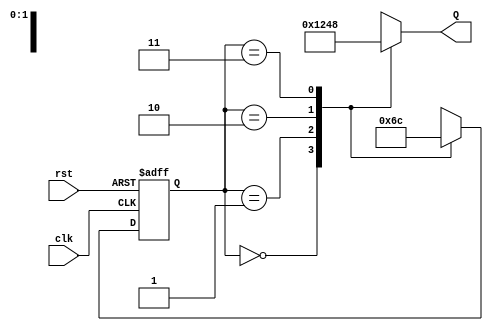
module ring_counter (
    input wire clk,        // Clock signal
    input wire rst,        // Asynchronous reset
    output reg [3:0] Q     // 4-bit output representing the current state
);

// State encoding
localparam STATE_0 = 4'b0001; // State 0
localparam STATE_1 = 4'b0010; // State 1
localparam STATE_2 = 4'b0100; // State 2
localparam STATE_3 = 4'b1000; // State 3

// Current state register
reg [1:0] current_state;

// State transition on clock edge
always @(posedge clk or posedge rst) begin
    if (rst) begin
        // Asynchronous reset to State 0
        current_state <= 2'b00;
    end else begin
        // State transition logic
        case (current_state)
            2'b00: current_state <= 2'b01; // From State 0 to State 1
            2'b01: current_state <= 2'b10; // From State 1 to State 2
            2'b10: current_state <= 2'b11; // From State 2 to State 3
            2'b11: current_state <= 2'b00; // From State 3 back to State 0
            default: current_state <= 2'b00; // Default to State 0
        endcase
    end
end

// Output logic based on the current state
always @(*) begin
    case (current_state)
        2'b00: Q = STATE_0; // Output for State 0
        2'b01: Q = STATE_1; // Output for State 1
        2'b10: Q = STATE_2; // Output for State 2
        2'b11: Q = STATE_3; // Output for State 3
        default: Q = STATE_0; // Default output for undefined state
    endcase
end

endmodule